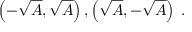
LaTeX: \left( - { \sqrt { A } } , { \sqrt { A } } \right) , \left( { \sqrt { A } } , - { \sqrt { A } } \right) \; .